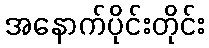
အနောက်ပိုင်းတိုင်း